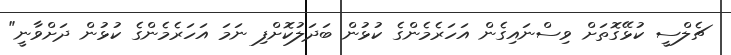
ޗެލްސީ ކުޅޭގޮތަށް ވިސްނައިގެން އަހަރެމެންގެ ކުޅުން ބަދަލުކޮށްފި ނަމަ އަހަރެމެންގެ ކުޅުން ދަށްވާނީ"